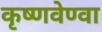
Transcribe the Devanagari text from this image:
कृष्णवेण्वा